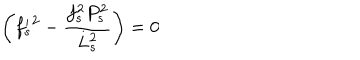
LaTeX: \biggl ( { f _ { s } ^ { \prime } } ^ { 2 } - \frac { f _ { s } ^ { 2 } P _ { s } ^ { 2 } } { L _ { s } ^ { 2 } } \biggr ) = 0